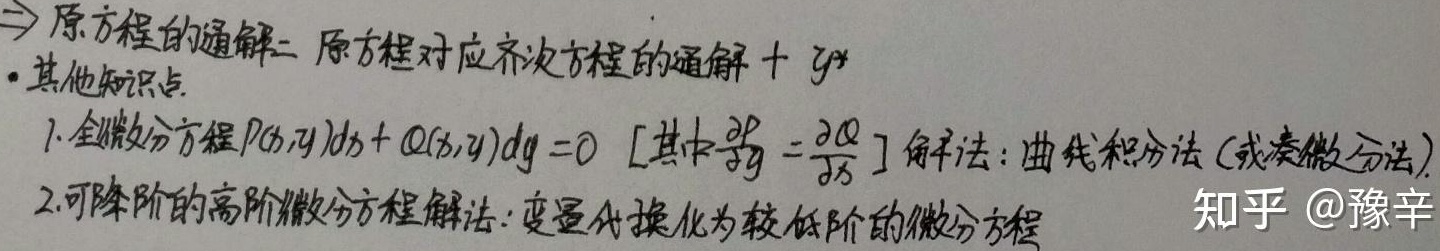
$\Rightarrow$原方程的通解= 原方程对应齐次方程的通解+ $y^{*}$
·其他知识点
1. 全微分方程$P(x,y)dx + Q(x,y)dy = 0$ [其中$\frac{\partial P}{\partial y}=\frac{\partial Q}{\partial x}$] 解法：曲线积分法(或凑微分法)
2. 可降阶的高阶微分方程解法：变量代换化为较低阶的微分方程
知乎 @豫辛